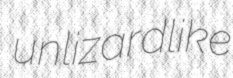
unlizardlike